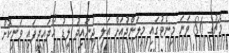
މެޗުގެ 86 ވަނަ މިނެޓުގައި މިލަންދުއަށް އަލީ ޖުނައިދު ލީޑު ހޯދައިދީފައި ވަނިކޮށް